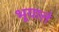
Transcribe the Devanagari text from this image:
भूयात्तं